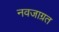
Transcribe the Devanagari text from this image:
नवजाग्रत